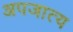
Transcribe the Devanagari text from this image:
अपजात्य